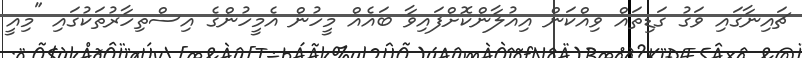
ޗައިނާގައި ވަގު ގަޑިތައް ވިއްކަން އިއުލާންކޮށްފައިވާ ބައެއް މީހުން އެމީހުންގެ އިސްތިހާރުތަކުގައި "މިއީ